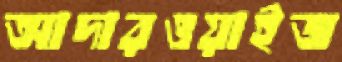
আদারওয়াইজ